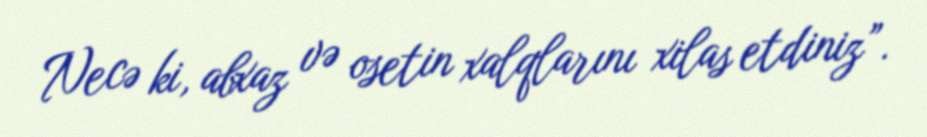
Necə ki, abxaz və osetin xalqlarını xilas etdiniz”.